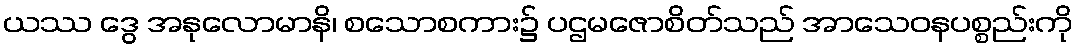
ယဿ ဒွေ အနုလောမာနိ၊ စသောစကား၌ ပဌမဇောစိတ်သည် အာသေဝနပစ္စည်းကို